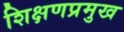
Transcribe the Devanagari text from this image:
शिक्षणप्रमुख